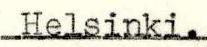
Helsinki.